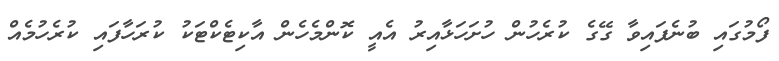
ފޯމުގައި ބުނެފައިވާ ގޭގެ ކުރެހުން ހުށަހަޅާއިރު އެއީ ކޮންމެހެން އާކިޓެކްޓަކު ކުރަހާފައި ކުރެހުމެއް